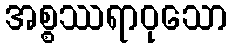
အစ္စဿရာဝုသော